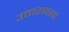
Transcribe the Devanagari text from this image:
उतारावरचे